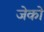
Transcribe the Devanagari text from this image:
जेको